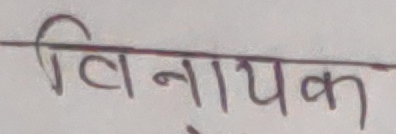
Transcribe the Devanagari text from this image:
विनायक